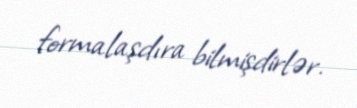
formalaşdıra bilmişdirlər.